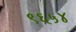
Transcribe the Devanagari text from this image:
९६५४